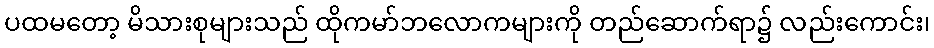
ပထမတော့ မိသားစုများသည် ထိုကမာ်ဘလောကများကို တည်ဆောက်ရာ၌ လည်းကောင်း၊